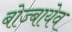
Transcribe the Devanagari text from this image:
बोज्बायेव